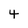
Character: 4